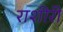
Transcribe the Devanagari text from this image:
राशीरी